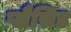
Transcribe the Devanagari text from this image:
प्लैसिड